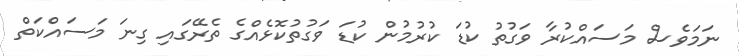
ނަމަވެސް މަސައްކުރާ ވަގުތު ކުޑަ ކުރުމުން ކުޑަ ވަގުތުކޮޅެއްގެ ތެރޭގައި ގިނަ މަސައްކަތް